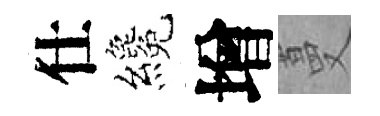
仕纔增蔓